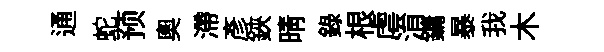
通蛇预奥滯彥鋏晴錄根虐㳙鏞暴我木